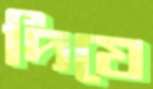
দিযে